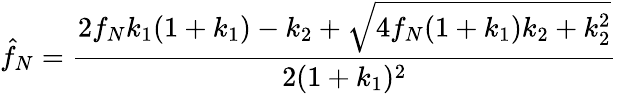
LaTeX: \hat{f}_{N}=\frac{2f_{N}k_{1}(1+k_{1})-k_{2}+\sqrt{4f_{N}(1+k_{1})k_{2}+k_{2}^{2}}}{2(1+k_{1})^{2}}